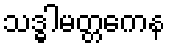
သဒ္ဓါမတ္တကေန